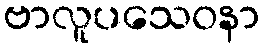
ဗာလူပသေဝနာ